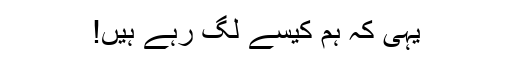
یہی کہ ہم کیسے لگ رہے ہیں!